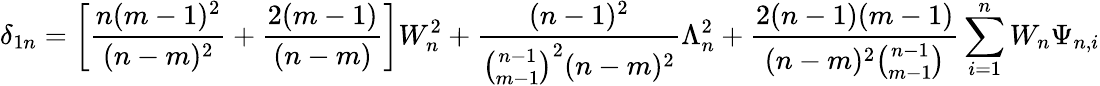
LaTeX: \delta_{1n}=\left[\frac{n(m-1)^{2}}{(n-m)^{2}}+\frac{2(m-1)}{(n-m)}\right]W_{n}^{2}+\frac{(n-1)^{2}}{{\binom{n-1}{m-1}}^{2}(n-m)^{2}}\Lambda_{n}^{2}+\frac{2(n-1)(m-1)}{(n-m)^{2}{\binom{n-1}{m-1}}}\sum_{i=1}^{n}W_{n}\Psi_{n,i}